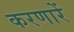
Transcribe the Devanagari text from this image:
करणारें